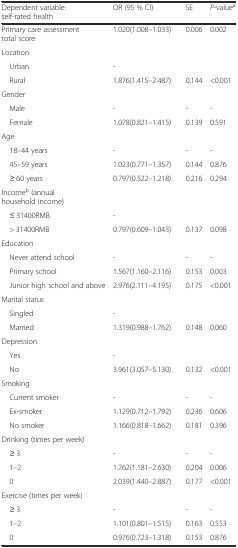
<table><thead><tr><td><b>Dependent variable: self-rated health</b></td><td><b>OR (95 % CI)</b></td><td><b>SE</b></td><td><b><i>P</i>-value<sup>a</sup></b></td></tr></thead><tbody><tr><td>Primary care assessment total score</td><td>1.020(1.008–1.033)</td><td>0.006</td><td>0.002</td></tr><tr><td>Location</td><td></td><td></td><td></td></tr><tr><td> Urban</td><td>-</td><td></td><td></td></tr><tr><td> Rural</td><td>1.876(1.415–2.487)</td><td>0.144</td><td>&lt;0.001</td></tr><tr><td>Gender</td><td></td><td></td><td></td></tr><tr><td> Male</td><td>-</td><td>-</td><td>-</td></tr><tr><td> Female</td><td>1.078(0.821–1.415)</td><td>0.139</td><td>0.591</td></tr><tr><td>Age</td><td></td><td></td><td></td></tr><tr><td> 18–44 years</td><td>-</td><td>-</td><td>-</td></tr><tr><td> 45–59 years</td><td>1.023(0.771–1.357)</td><td>0.144</td><td>0.876</td></tr><tr><td> ≥ 60 years</td><td>0.797(0.522–1.218)</td><td>0.216</td><td>0.294</td></tr><tr><td>Income<sup>b</sup> (annual household income)</td><td></td><td></td><td></td></tr><tr><td> ≤ 31400RMB</td><td>-</td><td></td><td></td></tr><tr><td> &gt; 31400RMB</td><td>0.797(0.609–1.043)</td><td>0.137</td><td>0.098</td></tr><tr><td>Education</td><td></td><td></td><td></td></tr><tr><td> Never attend school</td><td>-</td><td>-</td><td>-</td></tr><tr><td> Primary school</td><td>1.567(1.160–2.116)</td><td>0.153</td><td>0.003</td></tr><tr><td> Junior high school and above</td><td>2.976(2.111–4.195)</td><td>0.175</td><td>&lt;0.001</td></tr><tr><td>Marital status</td><td></td><td></td><td></td></tr><tr><td> Singled</td><td>-</td><td></td><td></td></tr><tr><td> Married</td><td>1.319(0.988–1.762)</td><td>0.148</td><td>0.060</td></tr><tr><td>Depression</td><td></td><td></td><td></td></tr><tr><td> Yes</td><td>-</td><td></td><td></td></tr><tr><td> No</td><td>3.961(3.057–5.130)</td><td>0.132</td><td>&lt;0.001</td></tr><tr><td>Smoking</td><td></td><td></td><td></td></tr><tr><td> Current smoker</td><td>-</td><td>-</td><td>-</td></tr><tr><td> Ex-smoker</td><td>1.129(0.712–1.792)</td><td>0.236</td><td>0.606</td></tr><tr><td> No smoker</td><td>1.166(0.818–1.662)</td><td>0.181</td><td>0.396</td></tr><tr><td>Drinking (times per week)</td><td></td><td></td><td></td></tr><tr><td> ≥ 3</td><td>-</td><td>-</td><td>-</td></tr><tr><td> 1–2</td><td>1.762(1.181–2.630)</td><td>0.204</td><td>0.006</td></tr><tr><td> 0</td><td>2.039(1.440–2.887)</td><td>0.177</td><td>&lt;0.001</td></tr><tr><td>Exercise (times per week)</td><td></td><td></td><td></td></tr><tr><td> ≥ 3</td><td>-</td><td>-</td><td>-</td></tr><tr><td> 1–2</td><td>1.101(0.801–1.515)</td><td>0.163</td><td>0.553</td></tr><tr><td> 0</td><td>0.976(0.723–1.318)</td><td>0.153</td><td>0.876</td></tr></tbody></table>